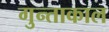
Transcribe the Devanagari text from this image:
गुन्ताकाल